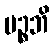
ပဉ္စဘိ